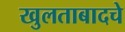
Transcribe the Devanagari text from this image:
खुलताबादचे